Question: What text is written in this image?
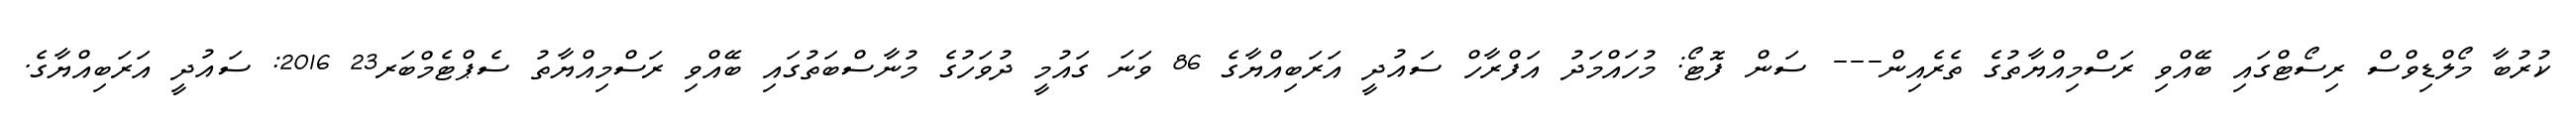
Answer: ކުރުބާ މޯލްޑިވްސް ރިސޯޓްގައި ބޭއްވި ރަސްމިއްޔާތުގެ ތެރެއިން--- ސަން ފޮޓޯ: މުހައްމަދު އަފްރާހް ސައުދީ އަރަބިއްޔާގެ 86 ވަނަ ގައުމީ ދުވަހުގެ މުނާސްބަތުގައި ބޭއްވި ރަސްމިއްޔާތު ސެޕްޓެމްބަރ23 2016: ސައުދީ އަރަބިއްޔާގެ.